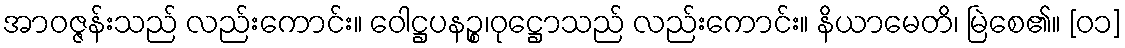
အာဝဇ္ဇန်းသည် လည်းကောင်း။ ဝေါဋ္ဌပနဉ္စ၊ဝုဋ္ဌောသည် လည်းကောင်း။ နိယာမေတိ၊ မြဲစေ၏။ [၀၁]